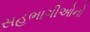
સહભાગીઓનો